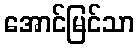
အောင်မြင်သာ